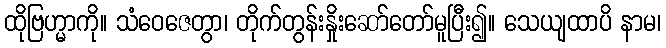
ထိုဗြဟ္မာကို။ သံဝေဇေတွာ၊ တိုက်တွန်းနှိုးဆော်တော်မူပြီး၍။ သေယျထာပိ နာမ၊